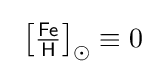
\ {\bigl [}{\tfrac {\mathsf {Fe}}{\mathsf {H}}}{\bigr ]}_{\odot }\equiv 0\